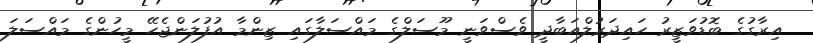
އިރާގުގެ ބޮޑުވަޒީރު ހައިދަރުލްއަބާދީ ވެސްވަނީ މޫސަލްގެ މައްސަލާގައި ޒިންމާ އުފުލަންޖެހޭ މީހުންގެ މައްސަލަ